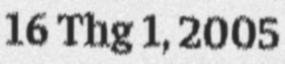
16 Thg 1, 2005